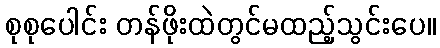
စုစုပေါင်း တန်ဖိုးထဲတွင်မထည့်သွင်းပေ။